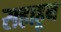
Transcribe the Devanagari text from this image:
सहाहून